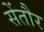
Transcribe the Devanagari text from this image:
सेंतौर